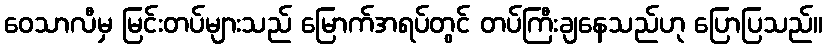
ဝေသာလီမှ မြင်းတပ်များသည် မြောက်အရပ်တွင် တပ်ကြီးချနေသည်ဟု ပြောပြသည်။